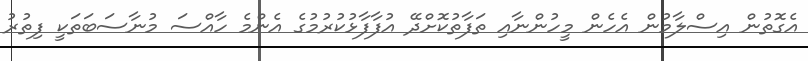
އެގޮތުން އިސްލާމުން އެހެން މީހުންނާއި ތަފާތުކޮށްދޭ އުފާފާޅުކުރުމުގެ އެންމެ ހާއްސަ މުނާސަބަތަކީ ފިތުރު